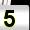
Digit: 5